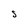
Character: S